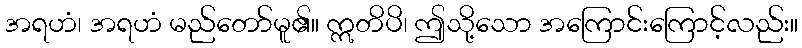
အရဟံ၊ အရဟံ မည်တော်မူ၏။ ဣတိပိ၊ ဤသို့သော အကြောင်းကြောင့်လည်း။